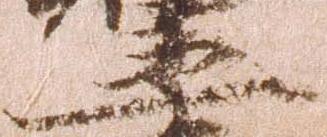
丞